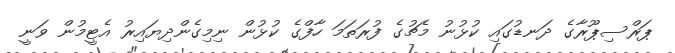
ޕަރްސިޕޫރާގެ ދަނޑުގައި ކުޅުނު މެޗުގެ ފުރަތަމަ ހާފްގެ ކުޅުން ނިމިގެންދިޔައިރު އެޓީމުން ވަނީ